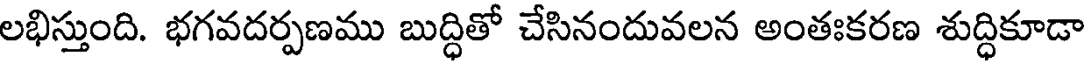
లభిస్తుంది. భగవదర్పణము బుద్ధితో చేసినందువలన అంతఃకరణ శుద్ధికూడా